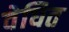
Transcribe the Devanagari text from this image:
वेधित